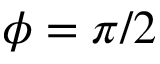
\phi = \pi / 2